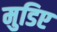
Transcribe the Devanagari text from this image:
मुडिए